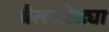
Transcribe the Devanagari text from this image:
बैलजोड्या